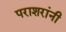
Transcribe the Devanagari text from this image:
पराशरांनी